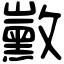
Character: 𪑛